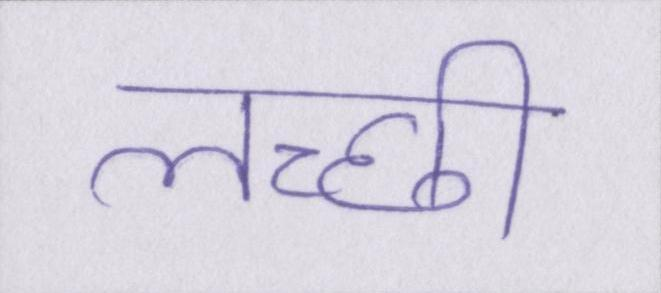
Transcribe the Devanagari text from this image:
लच्छी